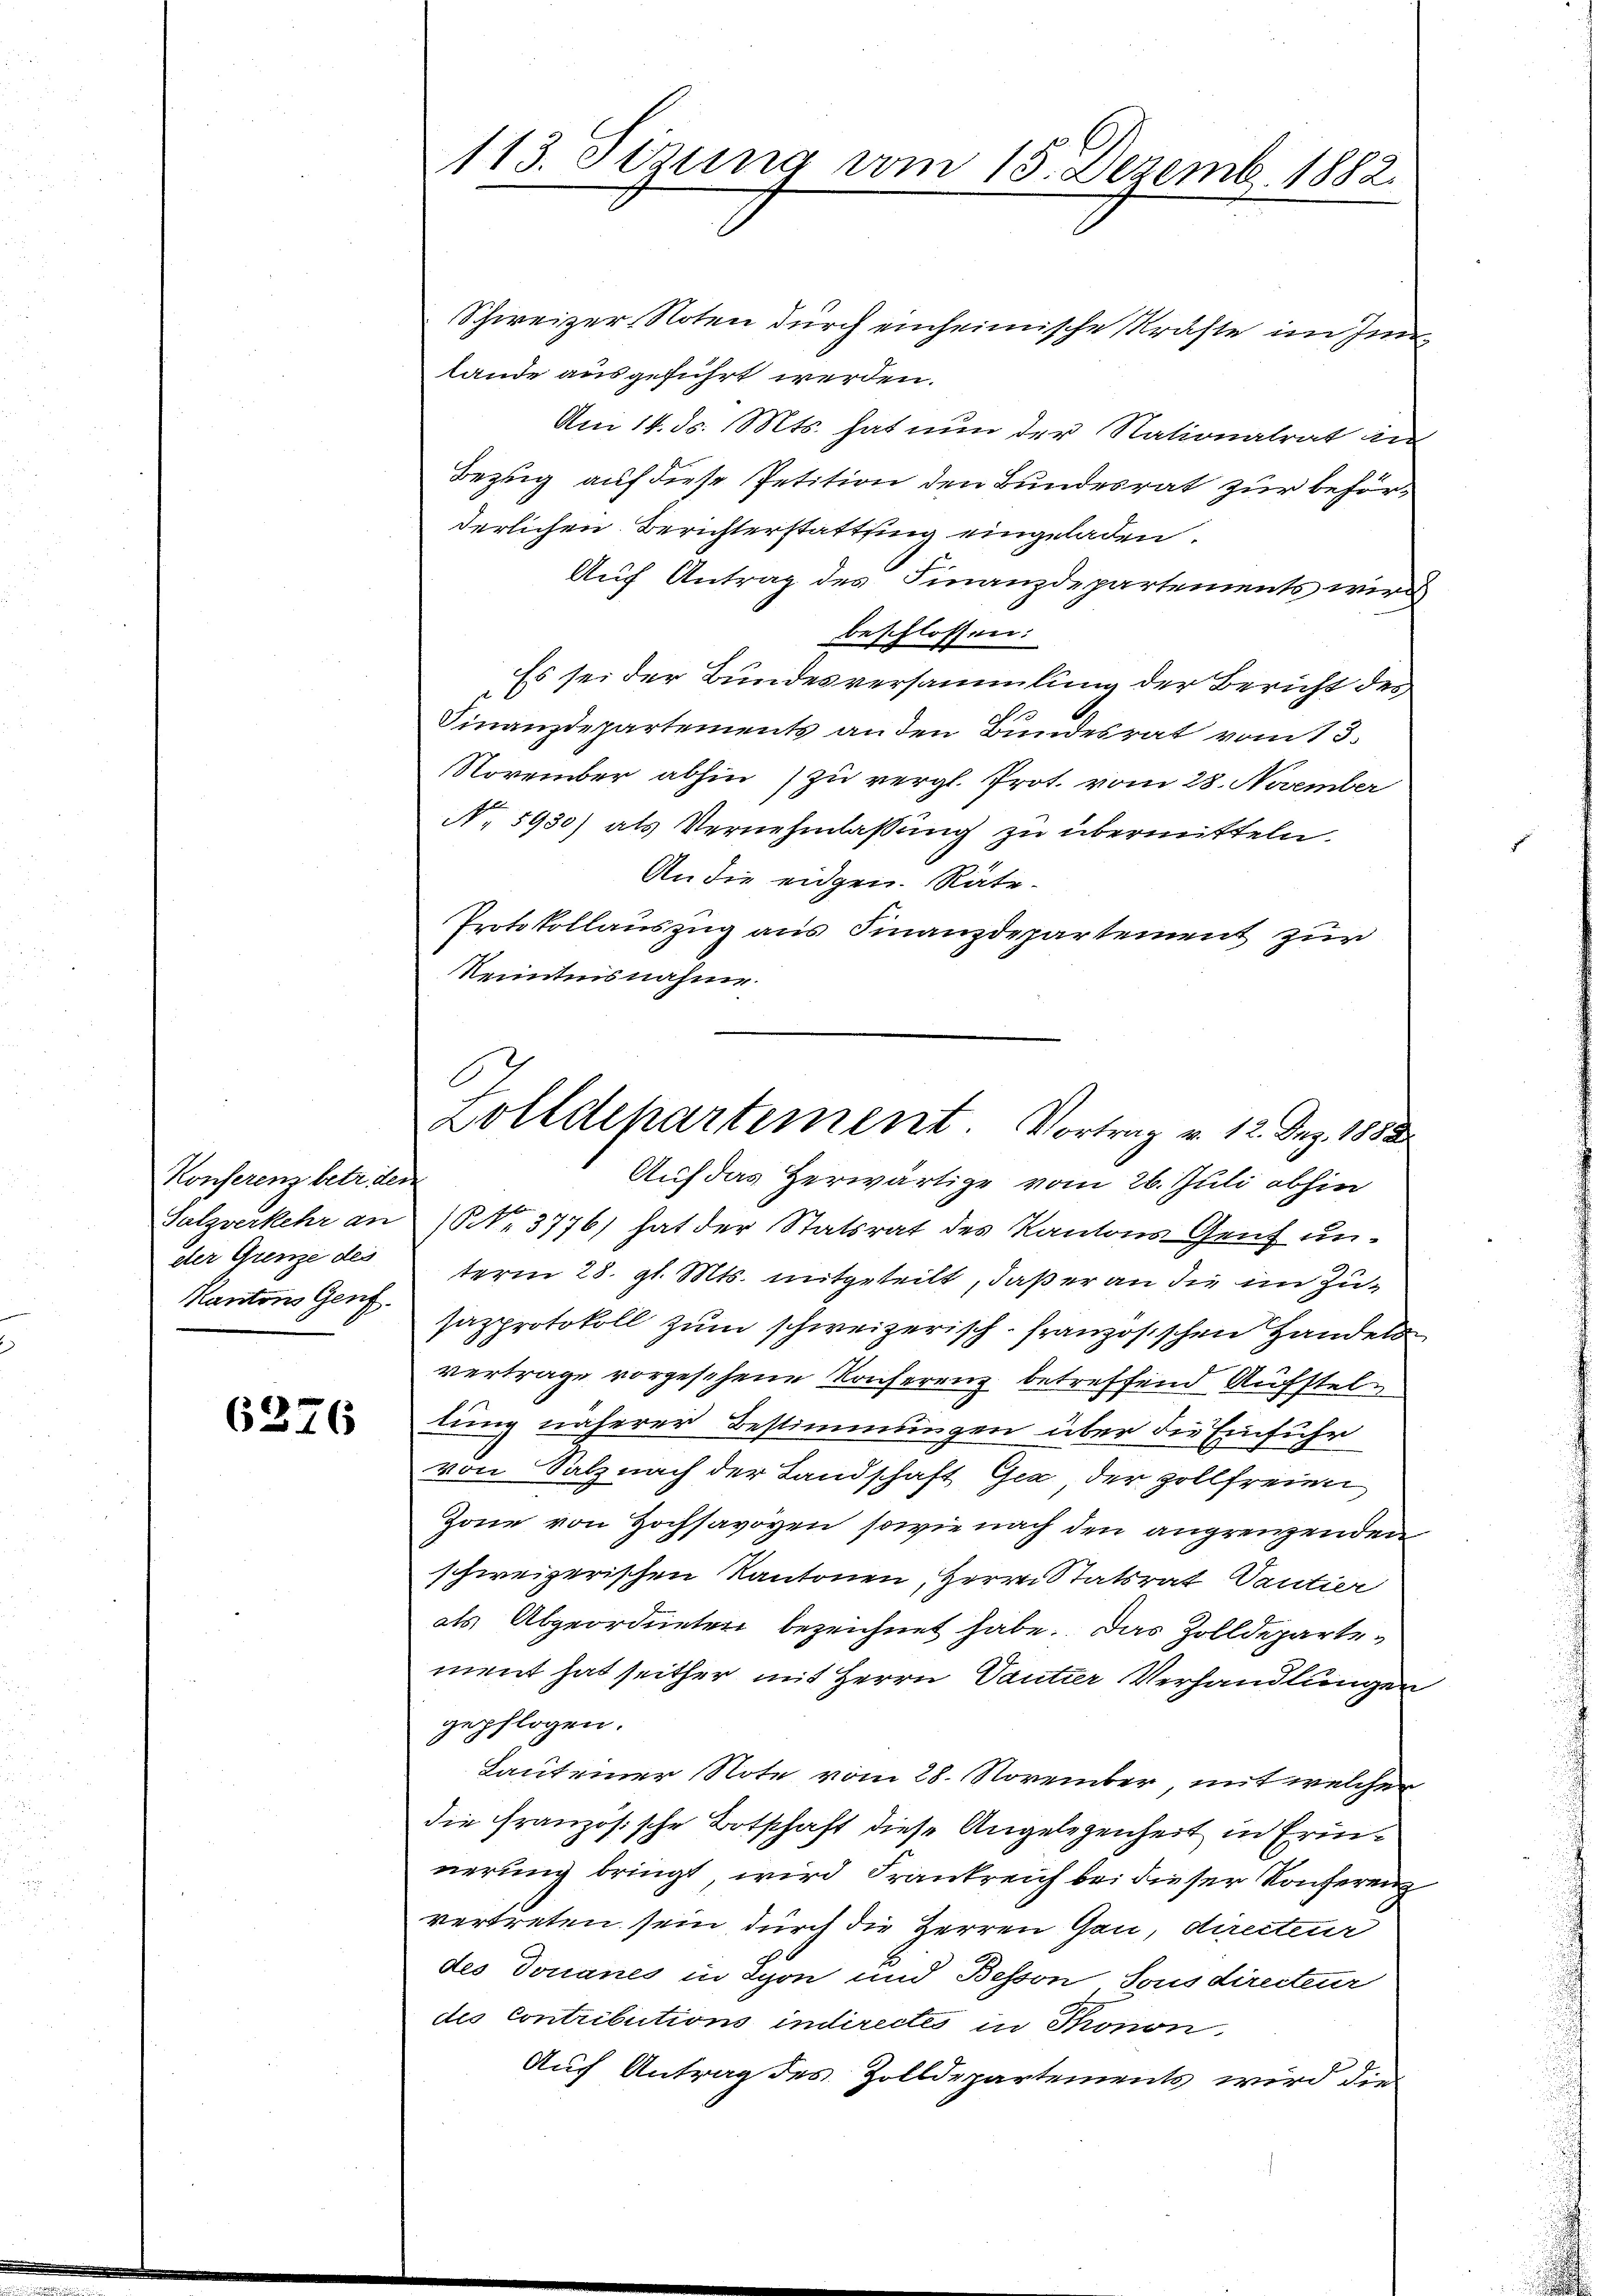
Konserenz betr. den
dter Grenze des
Kantons Genf.

6376

Schweizer-Noten durch einheimische Kraste im Innlande ausgeführt werden.
Am 14. ds. Mts. hat nun der Nationalrat aus
Bezug auf diese Petition den Bundesrat zur Behörderlichen Berichterstattung eingeladen.
Auf Antrag des Finanzdepartements wird
beschlossen:
Es sei der Bundesversammlung der Bericht des
Finanzdepartements an den Bundesrat vom 13.
November abhin zu vergl. Prot. vom 28. November
N. 5930) als Vernehmlassŭng zu übermitteln.
An die eidgen. Räte¬
Protokollauszug aus Finanzdepartement zur
Kenntnisnahme.
Auf das Herwärtige vom 26. Juli abhin
Salzverkehr an NNo. 3776) hat der Statsrat des Kantons Genf unterm 28. gl. Mts. mitgeteilt, daß er an die im Zusazprotokoll zum schweizerisch-französischen Handels
vertrage vorgesehene Konferenz betreffend Aufsteltung näherer Bestimmungen über die Einführ
von Salz nach der Landschaft Gex, der Zollfreien
Zone von Hochsavoyen, sowie nach den angrenzenden
schweizerischen Kantonen, Herrn Statsrat Vantier
als Abgeordneten bezeichnet habe. Das Zolldepartement hat seither mit Herrn Tantier Verhandlungen
gepflogen.
Laut einer Note vom 28. November, mit welcher
die französische Botschaft diese Angelegenheit in Erinnerung bringt wird Frankreich bei dieser Konferenz
vertreten sein, durch die Herren Gau, directeur
des Douanes in Lyon und Besson, sonsdirecteur
des Contributions indirectes in Thonon
Auf Antrag des Zolldepartements wird die

113. Setzung vom 18. Dezemb. 1882.

6
Zolldepartement. Vortrag v. 12. Dez. 1882